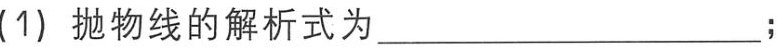
(1) 抛物线的解析式为____________________；